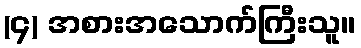
(၄) အစားအသောက်ကြီးသူ။